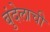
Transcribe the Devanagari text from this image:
बुंदेलाची